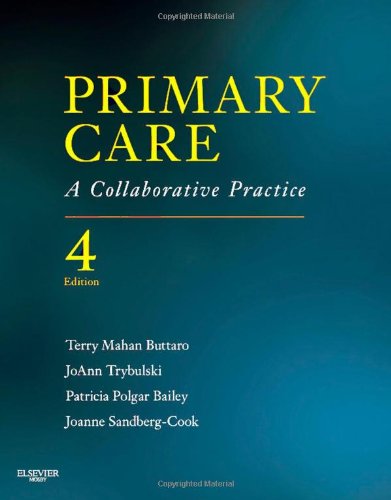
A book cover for Primary Care: A Collaborative Practice, 4e (Primary Care: Collaborative Practice); Terry Mahan Buttaro PhD  ANP-BC  GNP-BC  FAANP; Medical Books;